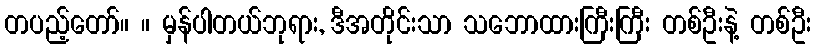
တပည့်တော်။ ။ မှန်ပါတယ်ဘုရား, ဒီအတိုင်းသာ သဘောထားကြီးကြီး တစ်ဦးနဲ့ တစ်ဦး